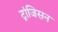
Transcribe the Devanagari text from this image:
ट्रांजिसन